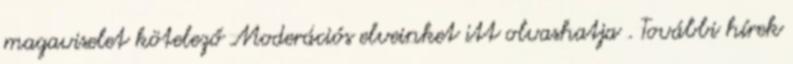
magaviselet kötelező Moderációs elveinket itt olvashatja . További hírek